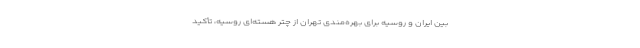
بین ایران و روسیه برای بهره‌مندی تهران از چتر هسته‌ای روسیه، تأکید